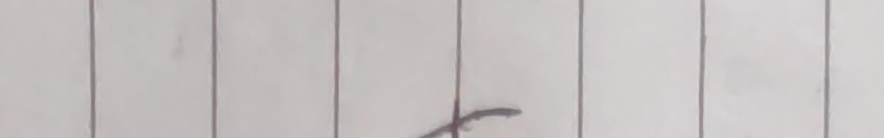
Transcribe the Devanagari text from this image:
घ